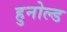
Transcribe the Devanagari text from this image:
हुनोल्ड